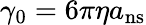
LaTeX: \gamma_{0}=6\pi\eta a_{\mathrm{ns}}